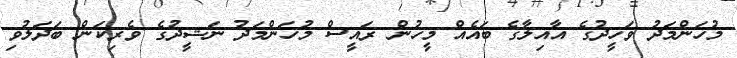
މުހަންމަދު ވަހީދުގެ އާއިލާގެ ބައެއް މީހުން ރައީސް މުހަންމަދު ނަޝީދުގެ ވެރިކަން ބަދަލުވި